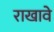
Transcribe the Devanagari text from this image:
राखावे